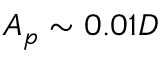
A _ { p } \sim 0 . 0 1 D